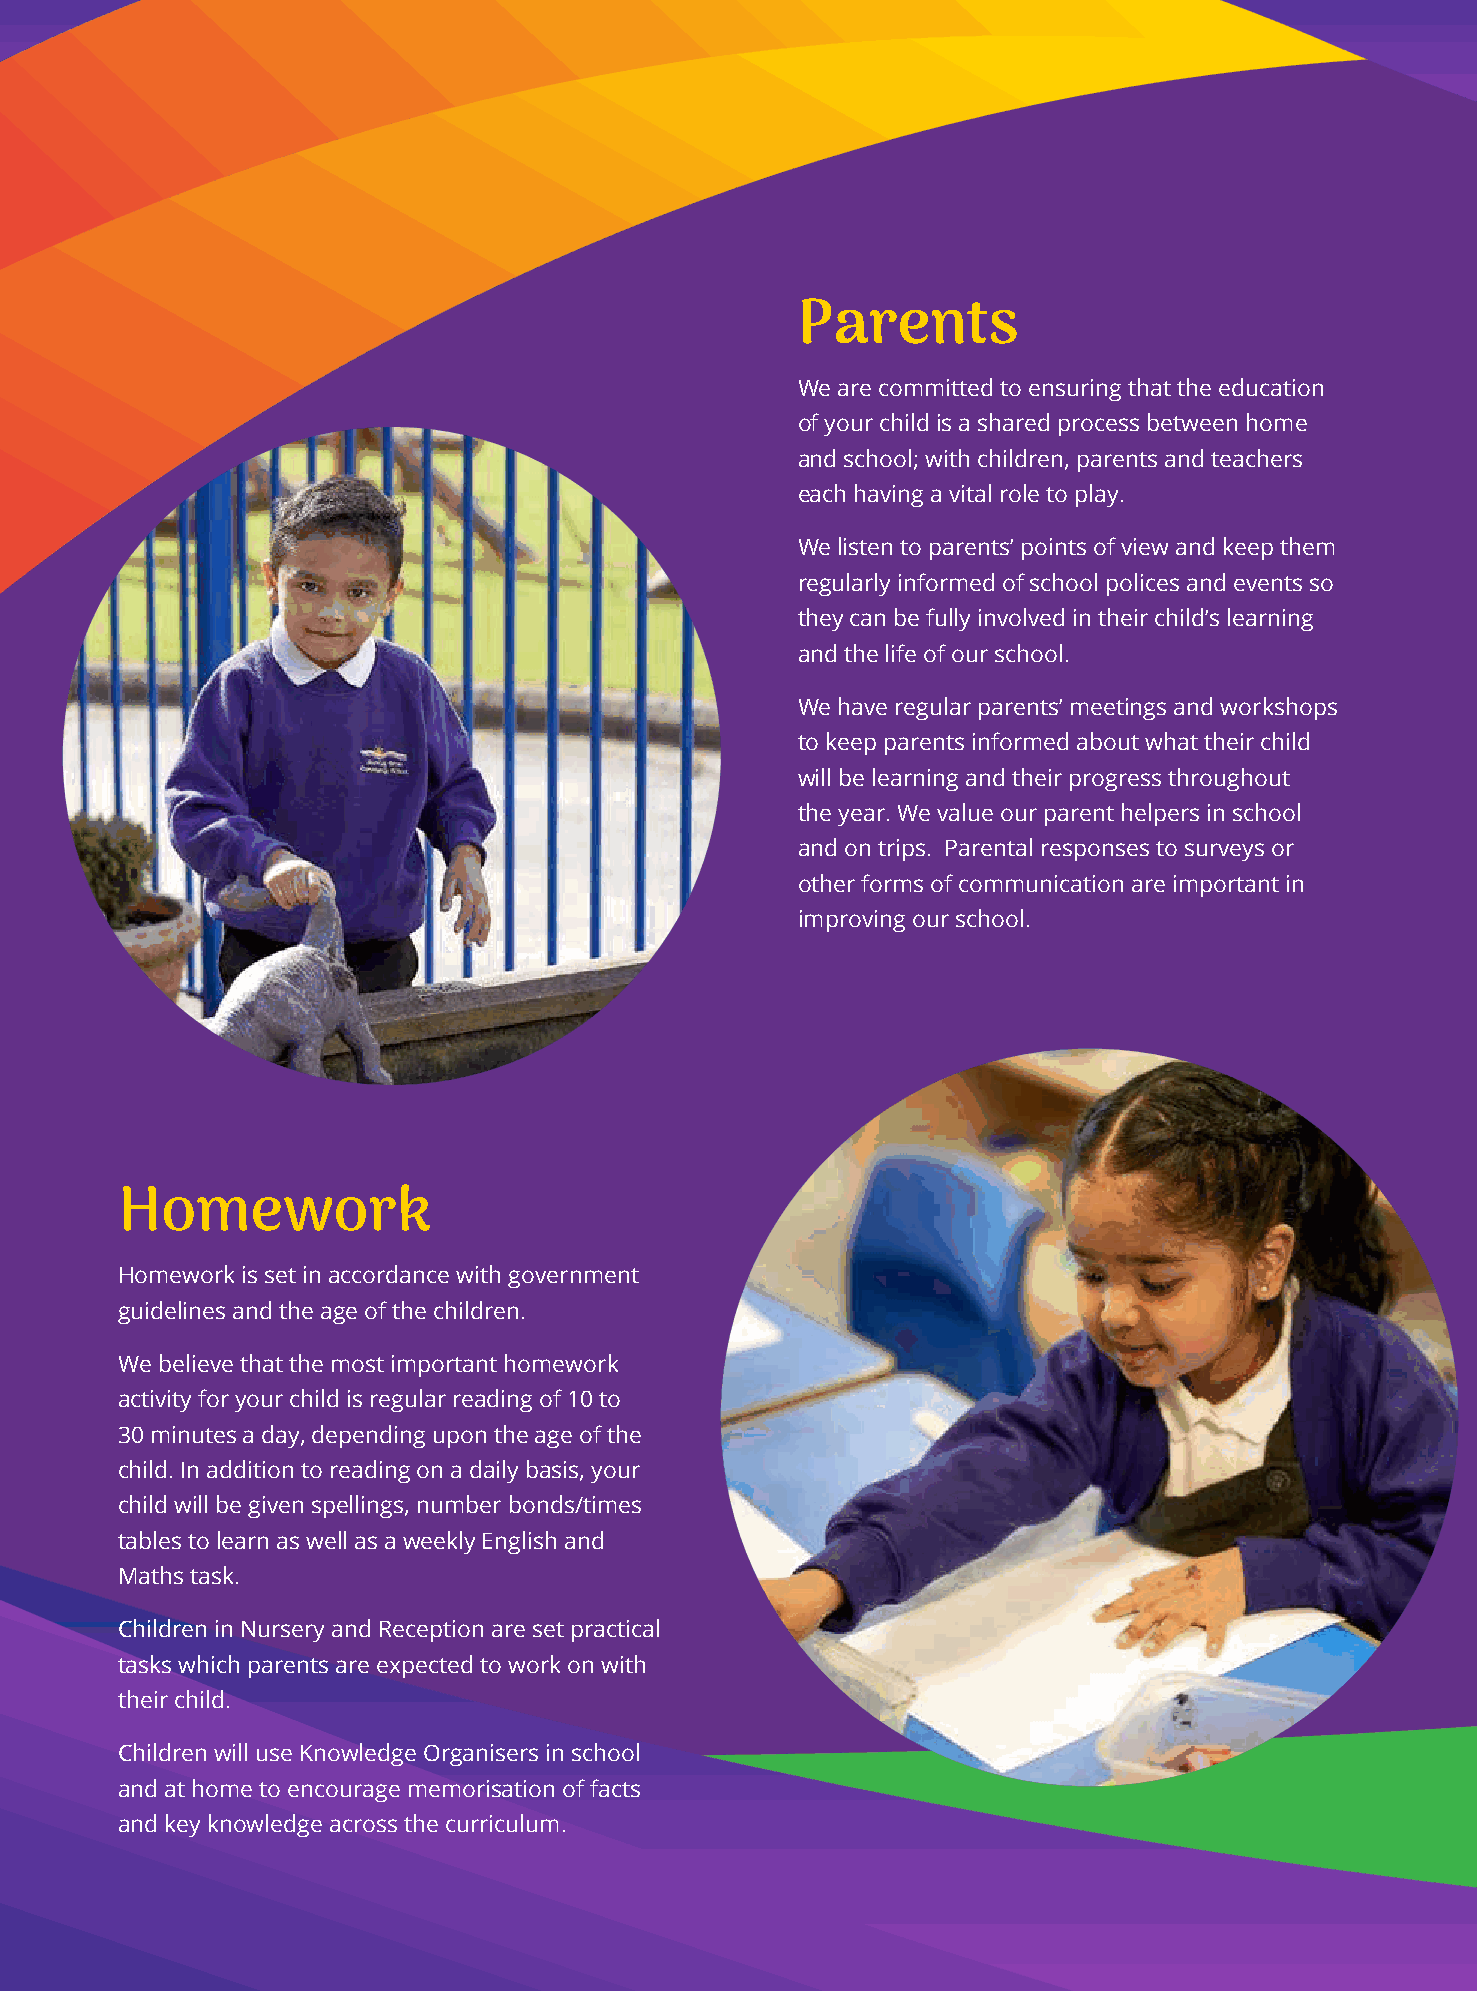
Parents
 We are committed to ensuring that the education
 of your child is a shared process between home
 and school; with children, parents and teachers
 each having a vital role to play.
 We listen to parents’ points of view and keep them
 regularly informed of school polices and events so
 they can be fully involved in their child’s learning
 and the life of our school.
 We have regular parents’ meetings and workshops
 to keep parents informed about what their child
 will be learning and their progress throughout
 the year. We value our parent helpers in school
 and on trips. Parental responses to surveys or
 other forms of communication are important in
 improving our school.
 Homework
 Homework is set in accordance with government
 guidelines and the age of the children.
 We believe that the most important homework
 activity for your child is regular reading of 10 to
 30 minutes a day, depending upon the age of the
 child. In addition to reading on a daily basis, your
 child will be given spellings, number bonds/times
 tables to learn as well as a weekly English and
 Maths task.
 Children in Nursery and Reception are set practical
 tasks which parents are expected to work on with
 their child.
 Children will use Knowledge Organisers in school
 and at home to encourage memorisation of facts
 9
 and key knowledge across the curriculum.